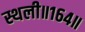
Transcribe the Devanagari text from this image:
स्थली॥१६४॥